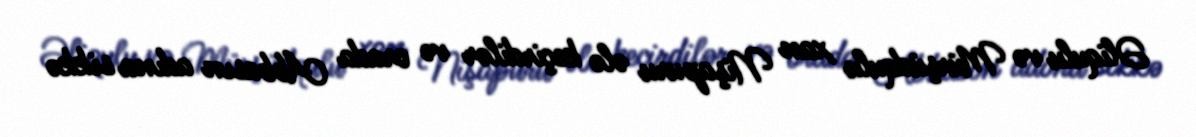
Əliqulu və Mürşüdqulu xan Nişapuru ələ keçirdilər və orada Abbasın adına sikkə